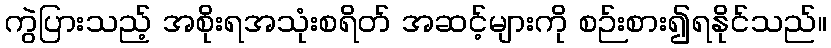
ကွဲပြားသည့် အစိုးရအသုံးစရိတ် အဆင့်များကို စဉ်းစား၍ရနိုင်သည်။